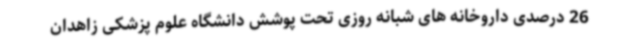
26 درصدی داروخانه های شبانه روزی تحت پوشش دانشگاه علوم پزشکی زاهدان